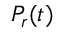
P _ { r } ( t )